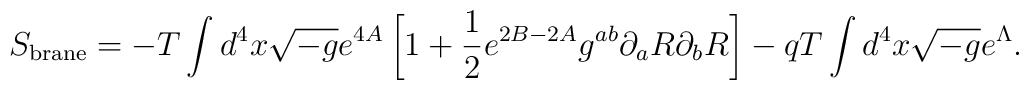
S_{\rm brane} = - T \int d^4 x \sqrt{-g}e^{4A} \left[ 1 + \frac{1}{2} e^{2B-2A} g^{ab} \partial_a R\partial_b R \right] - q T \int d^4 x \sqrt{-g} e^{\Lambda}.